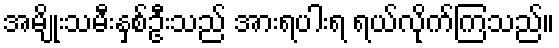
အမျိုးသမီးနှစ်ဦးသည် အားရပါးရ ရယ်လိုက်ကြသည်။